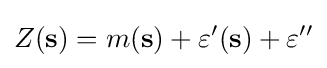
Z(\mathbf {s} )=m(\mathbf {s} )+\varepsilon '(\mathbf {s} )+\varepsilon ''